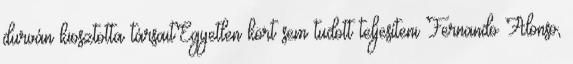
durván kiosztotta társaitEgyetlen kört sem tudott teljesíteni Fernando Alonso,